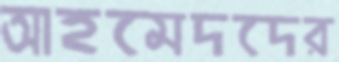
আহমেদদের